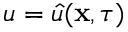
u = \hat { u } ( \mathbf { x } , \tau )